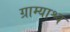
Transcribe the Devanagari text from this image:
ग्राम्याश्च